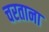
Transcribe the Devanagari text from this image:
चरताना